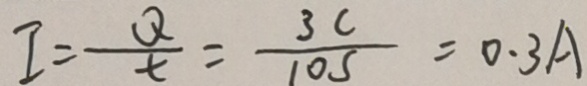
I = \frac { Q } { t } = \frac { 3 C } { 1 0 s } = 0 . 3 A